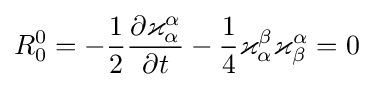
R_{0}^{0}=-{\frac {1}{2}}{\frac {\partial \varkappa _{\alpha }^{\alpha }}{\partial t}}-{\frac {1}{4}}\varkappa _{\alpha }^{\beta }\varkappa _{\beta }^{\alpha }=0